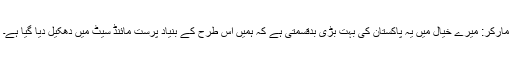
مارکر: میرے خیال میں یہ پاکستان کی بہت بڑی بدقسمتی ہے کہ ہمیں اس طرح کے بنیاد پرست مائنڈ سیٹ میں دھکیل دیا گیا ہے۔